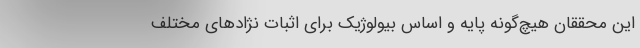
این محققان هیچ‌گونه پایه و اساس بیولوژیک برای اثبات نژادهای مختلف